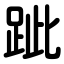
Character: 跐